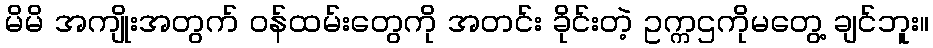
မိမိ အကျိုးအတွက် ဝန်ထမ်းတွေကို အတင်း ခိုင်းတဲ့ ဥက္ကဌကိုမတွေ့ ချင်ဘူး။